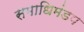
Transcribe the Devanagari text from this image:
समाधिमंडप